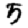
Digit: 5